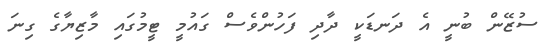
ސުޒޭން ބުނީ އެ ދަނޑަކީ ދާދި ފަހުންވެސް ގައުމީ ޓީމުގައި މާޒިޔާގެ ގިނަ